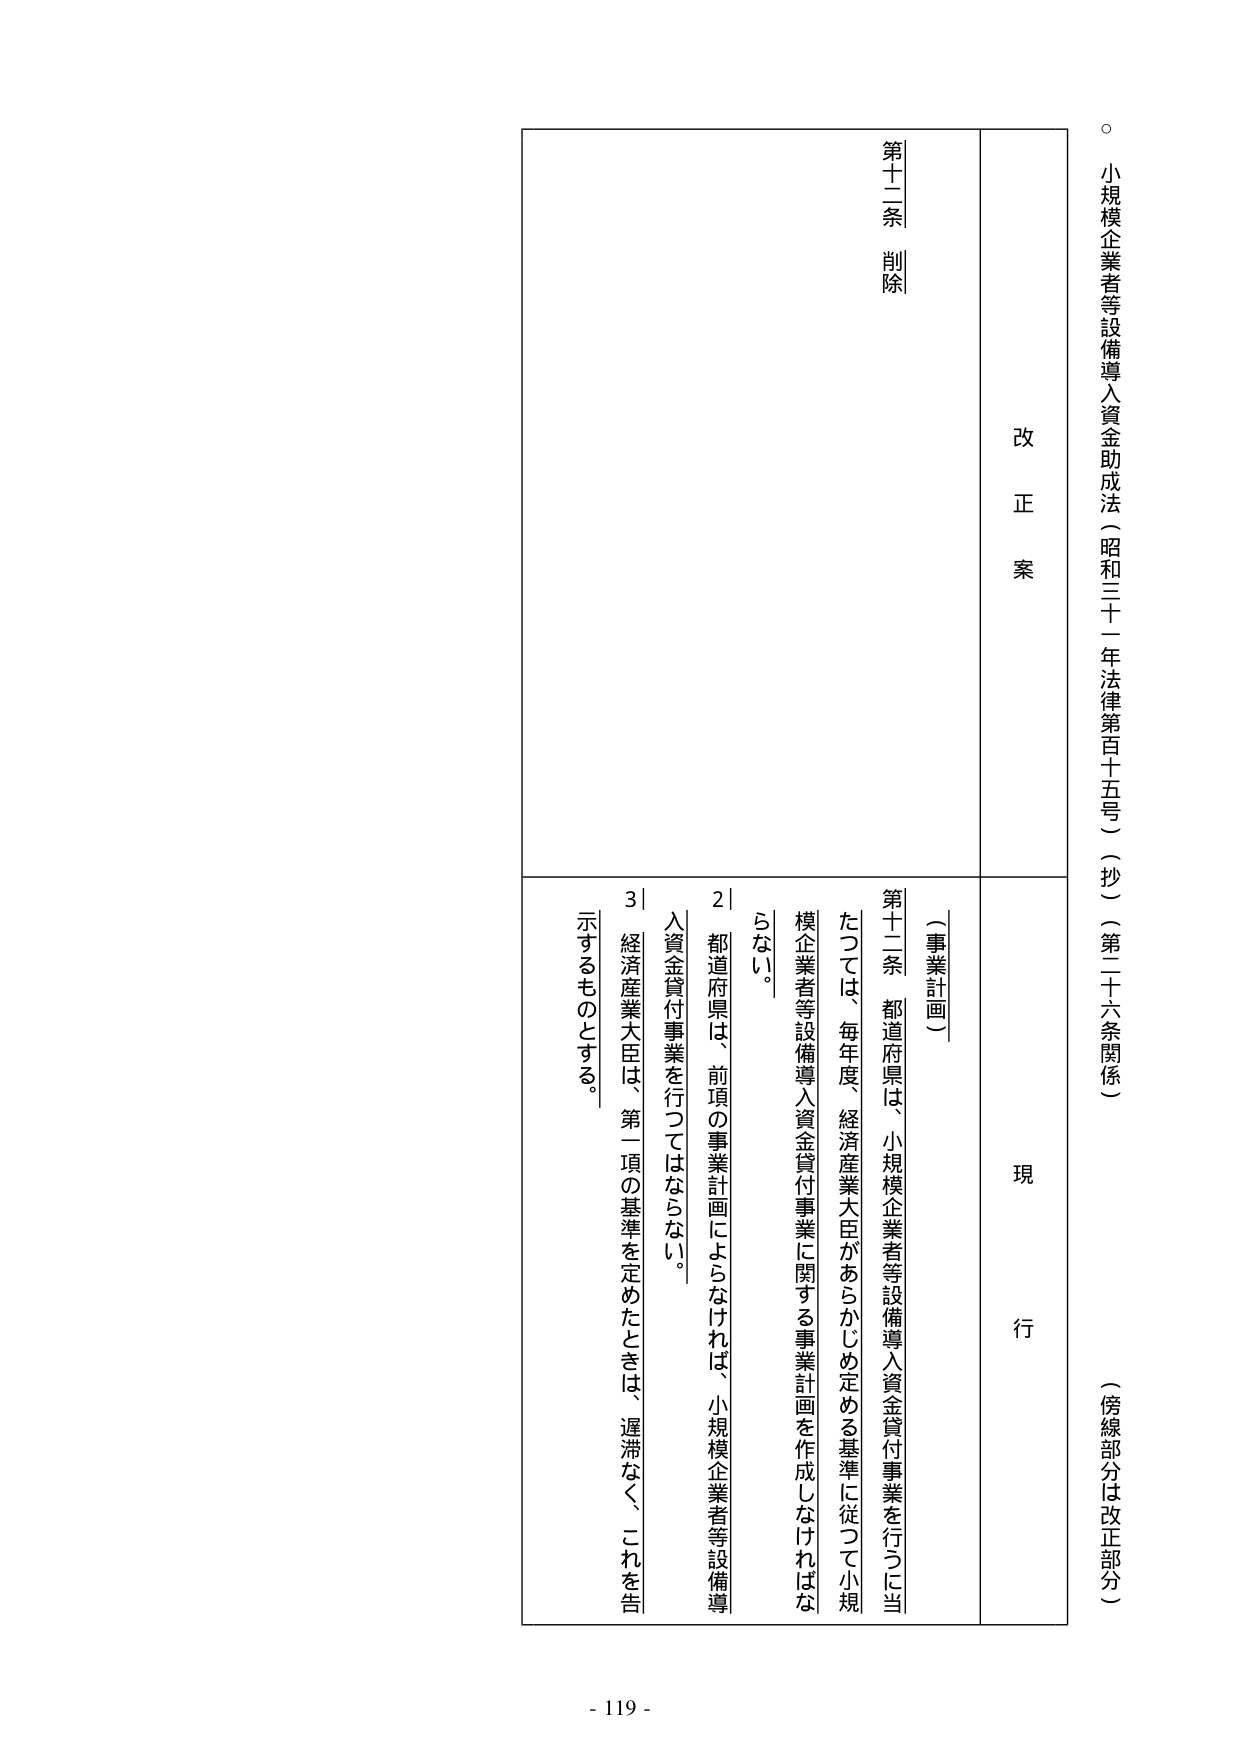
小規模企業者等設備導入資金助成法（昭和三十一年法律第百十五号）（抄）（第二十六条関係）
（傍線部分は改正部分）

改正案
現行

第十二条 削除

（事業計画）
第十二条 都道府県は、小規模企業者等設備導入資金貸付事業を行うに当たっては、毎年度、経済産業大臣があらかじめ定める基準に従って小規模企業者等設備導入資金貸付事業に関する事業計画を作成しなければならない。
２ 都道府県は、前項の事業計画によらなければ、小規模企業者等設備導入資金貸付事業を行ってはならない。
３ 経済産業大臣は、第一項の基準を定めたときは、遅滞なく、これを告示するものとする。

- 119 -